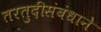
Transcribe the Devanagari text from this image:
तरतुदींसंबंधाने